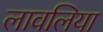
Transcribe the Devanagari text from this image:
लावलिया